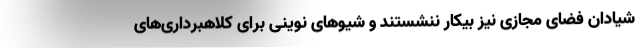
شیادان فضای مجازی نیز بیکار ننشستند و شیوهای نوینی برای کلاهبرداری‌های